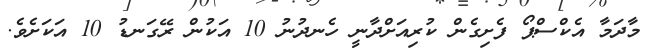
މާދަމާ އެކްސްޕޯ ފެށިގެން ކުރިއަށްދާނީ ހެނދުނު 10 އަކުން ރޭގަނޑު 10 އަކަށެވެ.